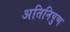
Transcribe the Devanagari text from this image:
अतिनिपुण